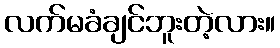
လက်မခံချင်ဘူးတဲ့လား။